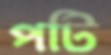
পটি